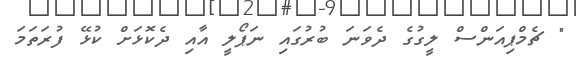
" ޗެމްޕިއަންސް ލީގުގެ ދެވަނަ ބުރުގައި ނަޕޯލީ އާއި ދެކޮޅަށް ކުޅޭ ފުރަތަމަ